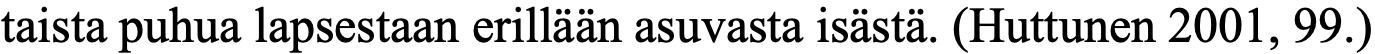
taista puhua lapsestaan erillään asuvasta isästä. (Huttunen 2001, 99.)